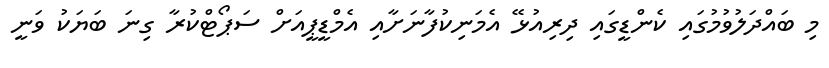
މި ބައްދަލުވުމުގައި ކެންޑީގައި ދިރިއުޅޭ އެމަނިކުފާނަށާއި އެމްޑީޕީއަށް ސަޕޯޓްކުރާ ގިނަ ބަޔަކު ވަނީ